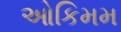
ઓકિમમ